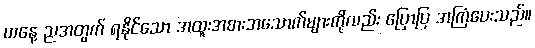
ယနေ့ ညအတွက် ရနိုင်သော အထူးအစားအသောက်များကိုလည်း ပြောပြ အကြံပေးသည်။